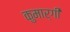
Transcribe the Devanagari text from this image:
कुमार्गी